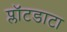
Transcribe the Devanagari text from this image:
प्लॉटडाटा